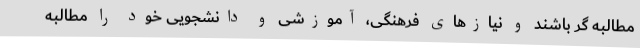
مطالبه گر باشند و نیازهای فرهنگی، آموزشی و دانشجویی خود را مطالبه